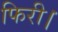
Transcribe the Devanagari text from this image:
फिरी।